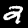
Digit: 2